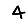
Digit: 4